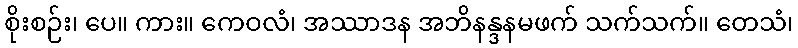
စိုးစဉ်း၊ ပေ။ ကား။ ကေဝလံ၊ အဿာဒန အဘိနန္ဒနမဖက် သက်သက်။ တေသံ၊